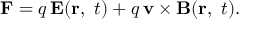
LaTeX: \mathbf { F } = q \, \mathbf { E } ( \mathbf { r } , \ t ) + q \, \mathbf { v } \times \mathbf { B } ( \mathbf { r } , \ t ) .